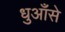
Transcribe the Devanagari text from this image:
धुआँसे